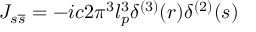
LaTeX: J _ { s \overline { { { s } } } } = - i c 2 \pi ^ { 3 } l _ { p } ^ { 3 } \delta ^ { ( 3 ) } ( r ) \delta ^ { ( 2 ) } ( s )